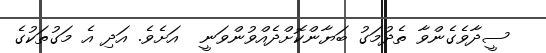
ސީދާވެގެންވާ ތެދުމަގު ބަޔާންކޮށްދެއްވުންވަނީ  އަށެވެ. އަދި އެ މަގުތަކުގެ